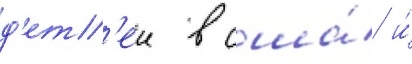
д'ет'еи в сша́ и́